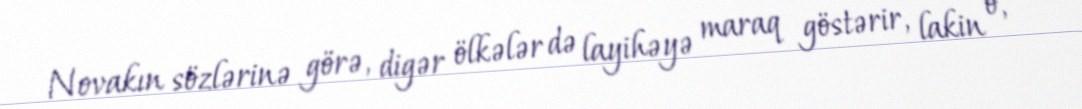
Novakın sözlərinə görə, digər ölkələr də layihəyə maraq göstərir, lakin o,